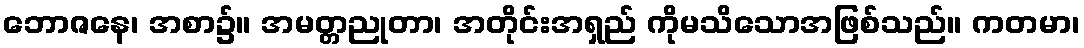
ဘောဇနေ၊ အစာ၌။ အမတ္တညုတာ၊ အတိုင်းအရှည် ကိုမသိသောအဖြစ်သည်။ ကတမာ၊